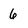
Character: 6